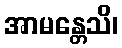
အာမန္တေသိ၊